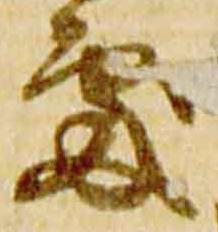
処